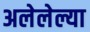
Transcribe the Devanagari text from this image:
अलेलेल्या